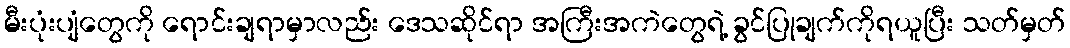
မီးပုံးပျံတွေကို ရောင်းချရာမှာလည်း ဒေသဆိုင်ရာ အကြီးအကဲတွေရဲ့ ခွင်ပြုချက်ကိုရယူပြီး သတ်မှတ်